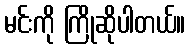
မင်းကို ကြိုဆိုပါတယ်။